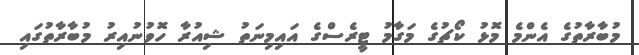
މުބާރާތުގެ އެންމެ މޮޅު ކޯޗުގެ މަގާމު ޓީރެސްގެ އައިމިނަތު ޝިއުރާ ހޮވުނުއިރު މުބާރާތުގައި